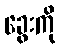
ခွေးကို